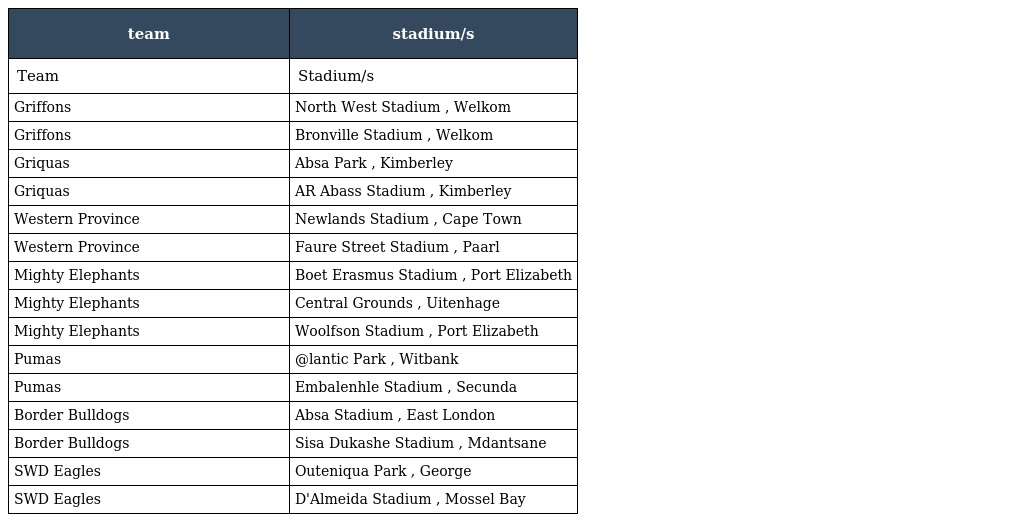
| team | stadium/s |
 | --- | --- |
 | Team | Stadium/s |
 | Griffons | North West Stadium , Welkom |
 | Griffons | Bronville Stadium , Welkom |
 | Griquas | Absa Park , Kimberley |
 | Griquas | AR Abass Stadium , Kimberley |
 | Western Province | Newlands Stadium , Cape Town |
 | Western Province | Faure Street Stadium , Paarl |
 | Mighty Elephants | Boet Erasmus Stadium , Port Elizabeth |
 | Mighty Elephants | Central Grounds , Uitenhage |
 | Mighty Elephants | Woolfson Stadium , Port Elizabeth |
 | Pumas | @lantic Park , Witbank |
 | Pumas | Embalenhle Stadium , Secunda |
 | Border Bulldogs | Absa Stadium , East London |
 | Border Bulldogs | Sisa Dukashe Stadium , Mdantsane |
 | SWD Eagles | Outeniqua Park , George |
 | SWD Eagles | D'Almeida Stadium , Mossel Bay |